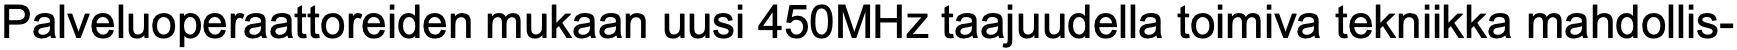
Palveluoperaattoreiden mukaan uusi 450MHz taajuudella toimiva tekniikka mahdollis-